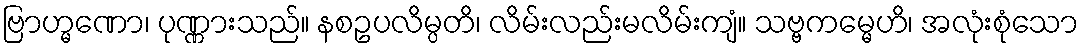
ဗြာဟ္မဏော၊ ပုဏ္ဏားသည်။ နစဥပလိမ္ပတိ၊ လိမ်းလည်းမလိမ်းကျံ။ သဗ္ဗကမ္မေဟိ၊ အလုံးစုံသော